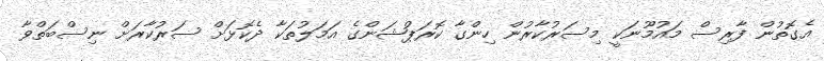
އެގޮތުން ފާރިސް މައުމޫނަކީ މިސަރުކާރުން ހިންގާ ކޮރަޕްޝަންގެ އަމަލުތަކާ ދެކޮޅަށް ސަރުކާރަށް ނިސްބަތްވާ